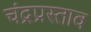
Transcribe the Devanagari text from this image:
चंद्रप्रस्ताव